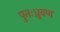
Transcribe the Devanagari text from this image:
पुनःध्रुवण